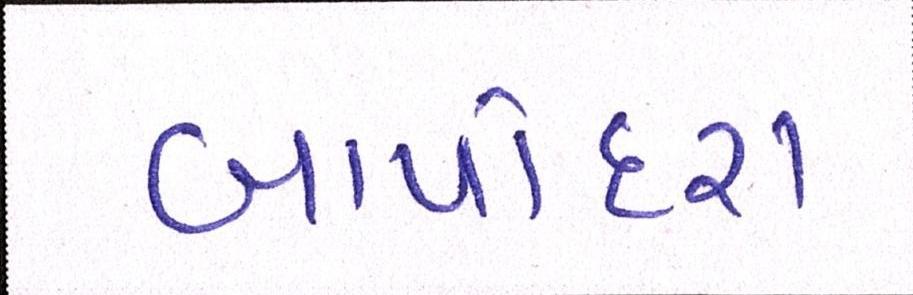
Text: બાપોદરા